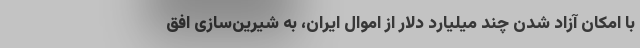
با امکان آزاد شدن چند میلیارد دلار از اموال ایران، به شیرین‌سازی افق